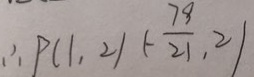
\therefore P ( 1 , 2 ) ( - \frac { 7 9 } { 2 1 } , 2 )